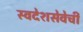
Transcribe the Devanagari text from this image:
स्वदेशसेवेची